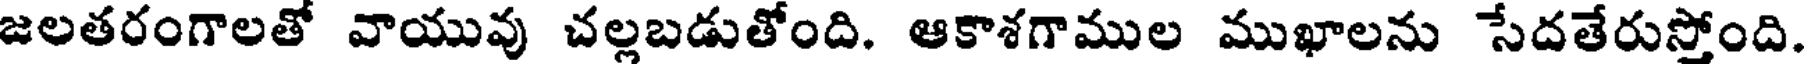
జలతరంగాలతో వాయువు చల్లబడుతోంది. ఆకాశగాముల ముఖాలను సేదతేరుస్తోంది.